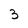
Character: 3